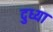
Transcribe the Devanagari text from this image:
दुध्या